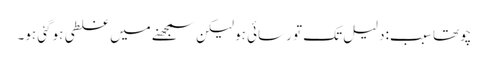
چوتھا سبب:دلیل تک تو رسائی ہو لیکن سمجھنے میں غلطی ہوگئی ہو۔